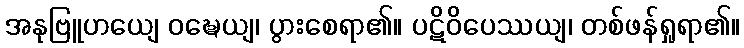
အနုဗြူဟယျေ ဝဍ္ဎေယျ၊ ပွားစေရာ၏။ ပဋိဝိပေဿယျ၊ တစ်ဖန်ရှုရာ၏။